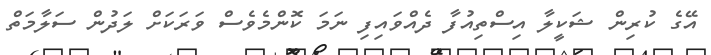
އޭގެ ކުރިން ޝަކީލާ އިސްތިއުފާ ދެއްވައިފި ނަމަ ކޮންމެވެސް ވަރަކަށް ލަދުން ސަލާމަތް